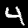
Label: 4